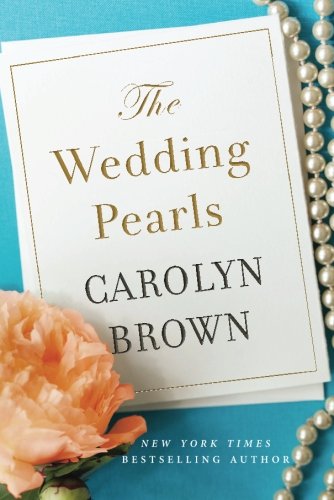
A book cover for The Wedding Pearls; Carolyn Brown; Romance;